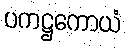
ပကဋ္ဌကောယံ